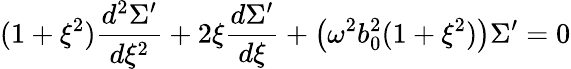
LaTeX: (1+\xi^{2})\frac{d^{2}{\Sigma^{\prime}}}{d\xi^{2}}+2\xi\frac{d\Sigma^{\prime}}{d\xi}+\left(\omega^{2}b_{0}^{2}(1+\xi^{2})\right)\Sigma^{\prime}=0